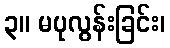
၃။ မပုလွန်းခြင်း၊